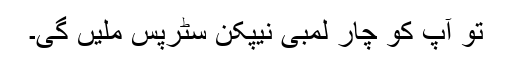
تو آپ کو چار لمبی نیپکن سٹرپس ملیں گی۔